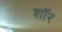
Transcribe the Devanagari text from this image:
शाॅर